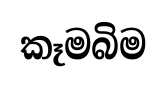
කෑමබිම